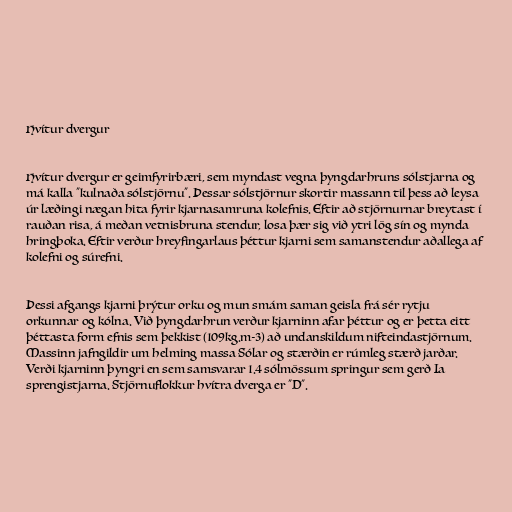
Hvítur dvergur

Hvítur dvergur er geimfyrirbæri, sem myndast vegna þyngdarhruns sólstjarna og
má kalla "kulnaða sólstjörnu". Þessar sólstjörnur skortir massann til þess að leysa
úr læðingi nægan hita fyrir kjarnasamruna kolefnis. Eftir að stjörnurnar breytast í
rauðan risa, á meðan vetnisbruna stendur, losa þær sig við ytri lög sín og mynda
hringþoka. Eftir verður hreyfingarlaus þéttur kjarni sem samanstendur aðallega af
kolefni og súrefni.

Þessi afgangs kjarni þrýtur orku og mun smám saman geisla frá sér rytju
orkunnar og kólna. Við þyngdarhrun verður kjarninn afar þéttur og er þetta eitt
þéttasta form efnis sem þekkist (109kg.m-3) að undanskildum nifteindastjörnum.
Massinn jafngildir um helming massa Sólar og stærðin er rúmleg stærð jarðar.
Verði kjarninn þyngri en sem samsvarar 1.4 sólmössum springur sem gerð Ia
sprengistjarna. Stjörnuflokkur hvítra dverga er "D".